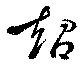
超